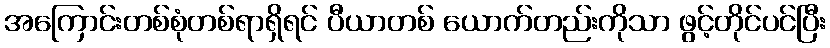
အကြောင်းတစ်စုံတစ်ရာရှိရင် ပီယာတစ် ယောက်တည်းကိုသာ ဖွင့်တိုင်ပင်ပြီး